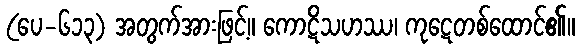
(ပေ-၆၁၃) အတွက်အားဖြင့်။ ကောဋိသဟဿ၊ ကုဋေတစ်ထောင်၏။